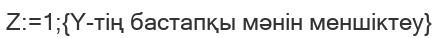
Z:=1;{Y-тің бастапқы мәнін меншіктеу}